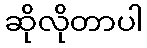
ဆိုလိုတာပါ